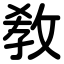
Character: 敎